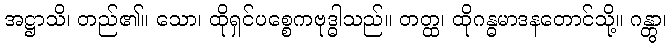
အဋ္ဌာသိ၊ တည်၏။ သော၊ ထိုရှင်ပစ္စေကဗုဒ္ဓါသည်။ တတ္ထ၊ ထိုဂန္ဓမာဒနတောင်သို့။ ဂန္တွာ၊